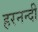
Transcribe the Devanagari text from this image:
हरनन्दी